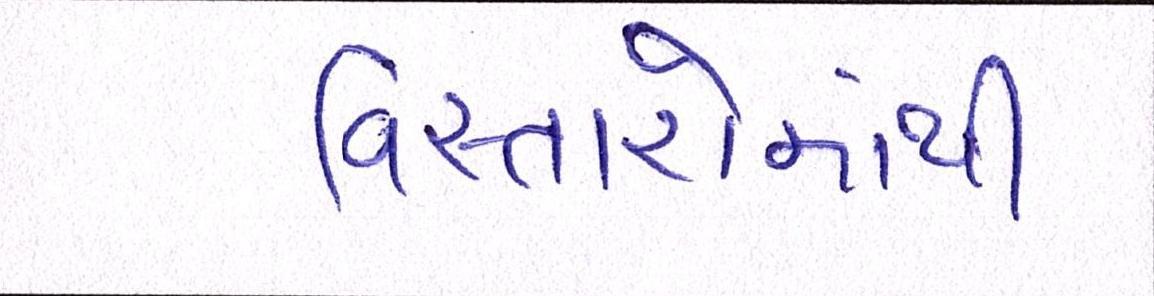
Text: વિસ્તારોમાંથી